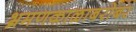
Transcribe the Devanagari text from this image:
भ्रमणकाळाबरोबर